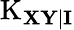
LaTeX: \operatorname{K}_{\mathbf{XY\mid I}}